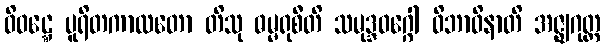
ဝိဝဋ္ဋေ ပူရိတကာလတော တိသု ဓမ္မရုစီတိ သမုဒ္ဒဝဂ္ဂေါ ဝိဘာဝိနာတိ အဇ္ဈဂုတ္ထ